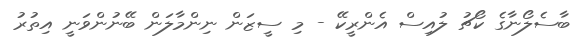
ބާސެލޯނާގެ ކޯޗު ލުއިސް އެންރީކޭ - މި ސީޒަން ނިންމާލަން ބޭނުންވަނީ އިތުރު